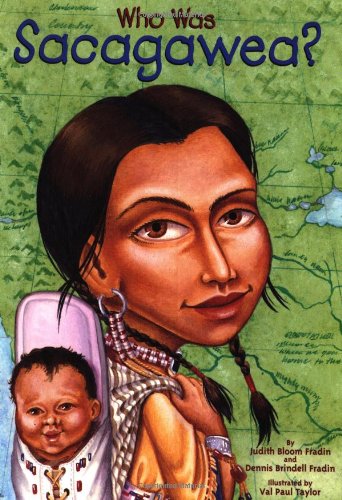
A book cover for Who Was Sacagawea?; Judith Bloom Fradin; Children's Books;